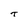
Character: T